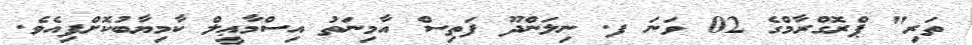
ތަރި" ޕްރޮގްރާމްގެ 02 ވަނަ ފ. ނިލަންދޫ ފަތިސް އާމިނަތު އިސްމާޢީލް ކާމިޔާބުކޮށްފިއެވެ.